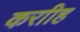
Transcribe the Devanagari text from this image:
कराीह